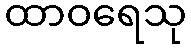
ထာဝရေသု